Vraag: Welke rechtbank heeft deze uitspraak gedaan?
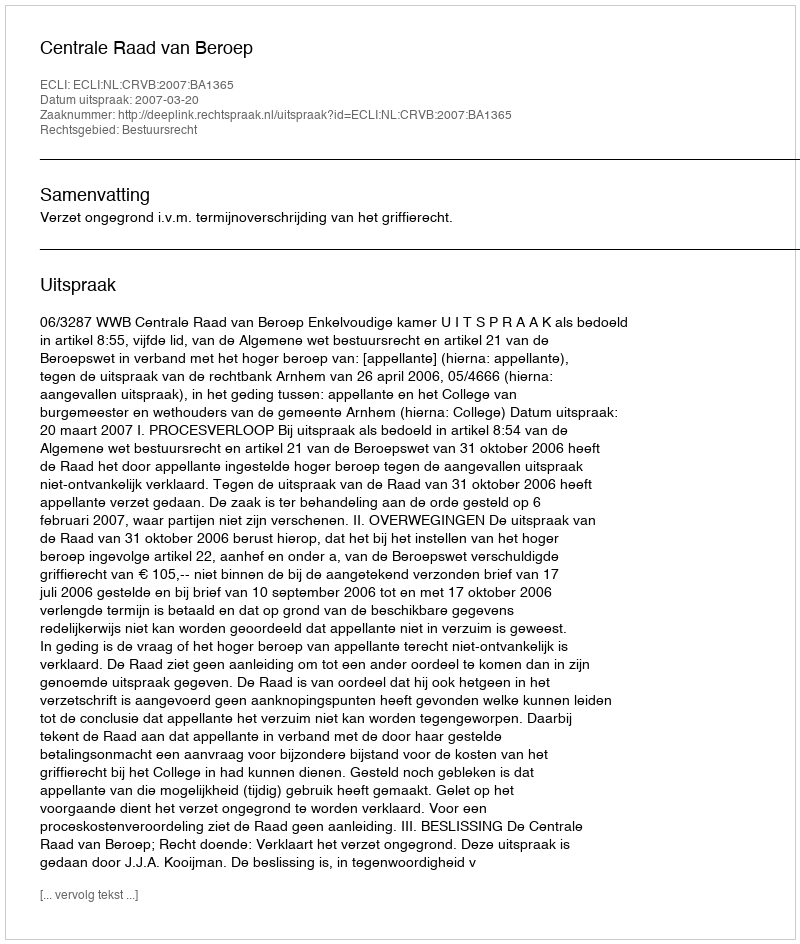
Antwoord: Centrale Raad van Beroep